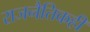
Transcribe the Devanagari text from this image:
राजनैतिकही